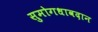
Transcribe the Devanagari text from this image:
सुमोगधावदान